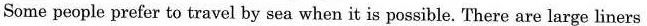
Some people prefer to travel by sea when it is possible. There are large liners